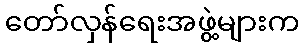
တော်လှန်ရေးအဖွဲ့များက